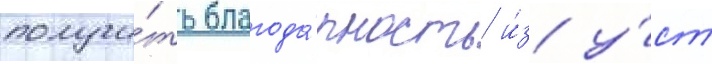
получи́ть благода́рность и́з у́ст